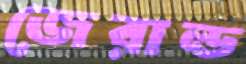
জেরাল্ড